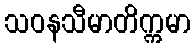
သဝနသီမာတိက္ကမာ